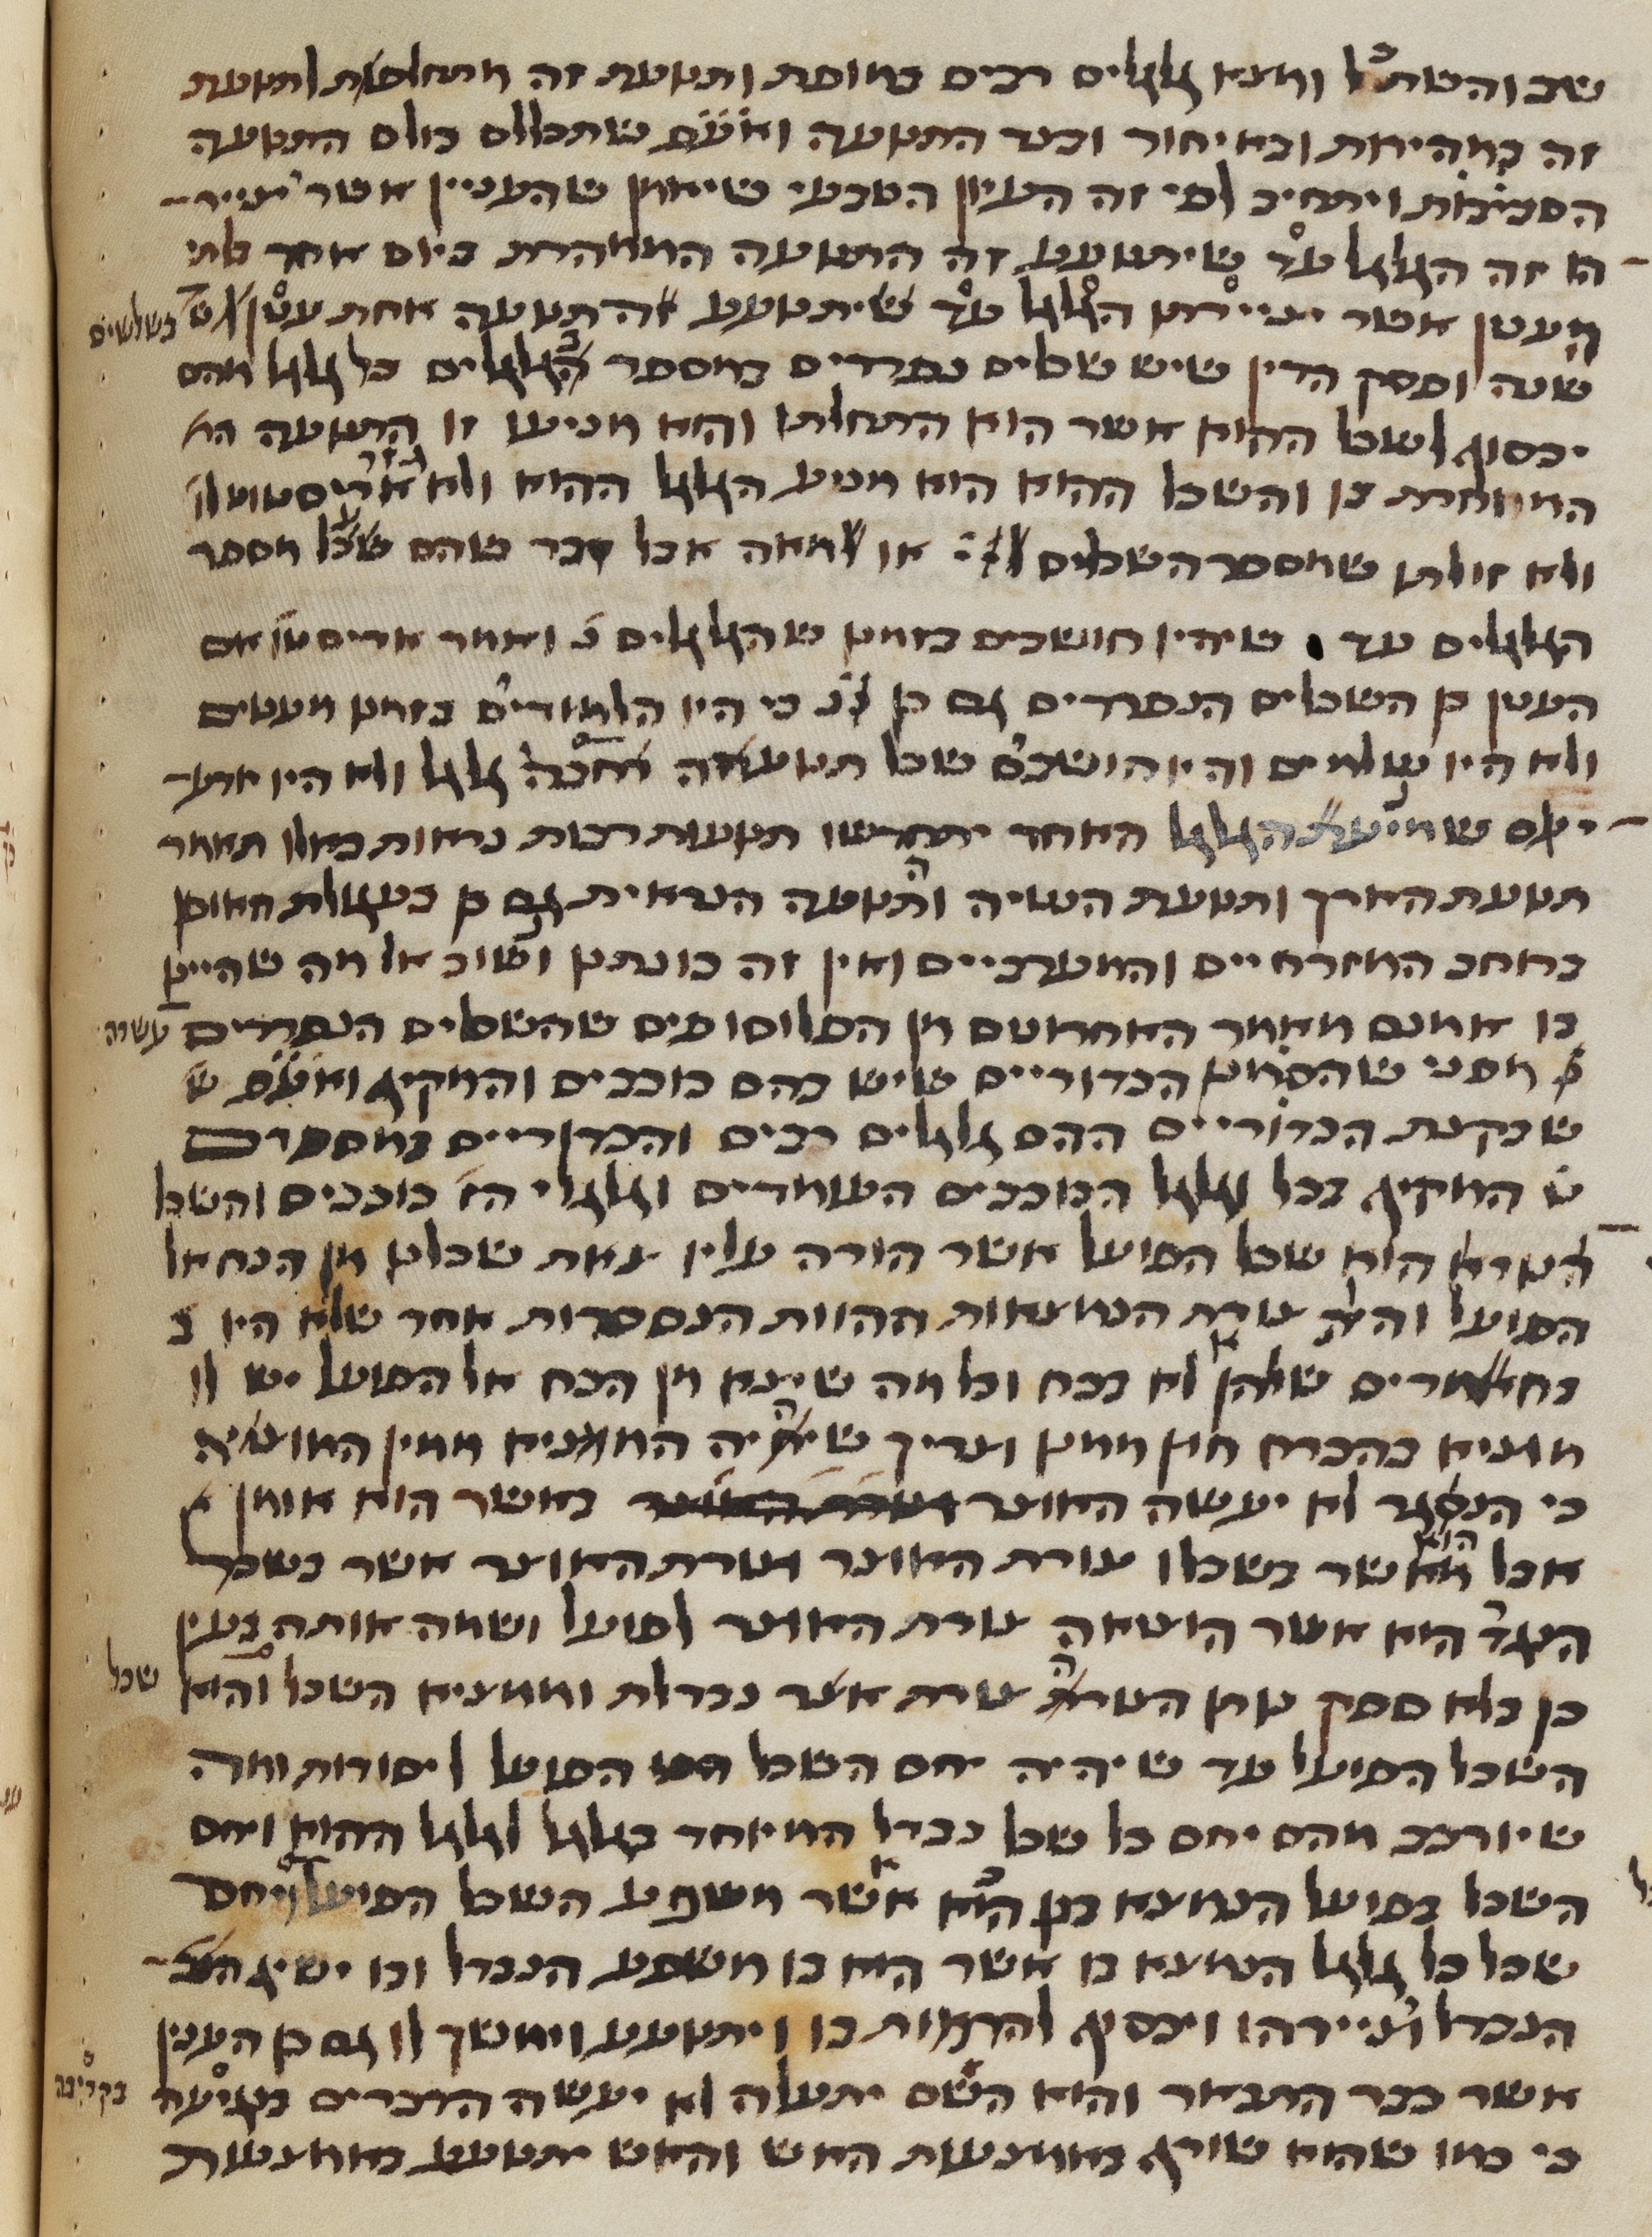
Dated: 1450–1499